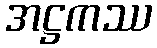
အဋ္ဌကဿ